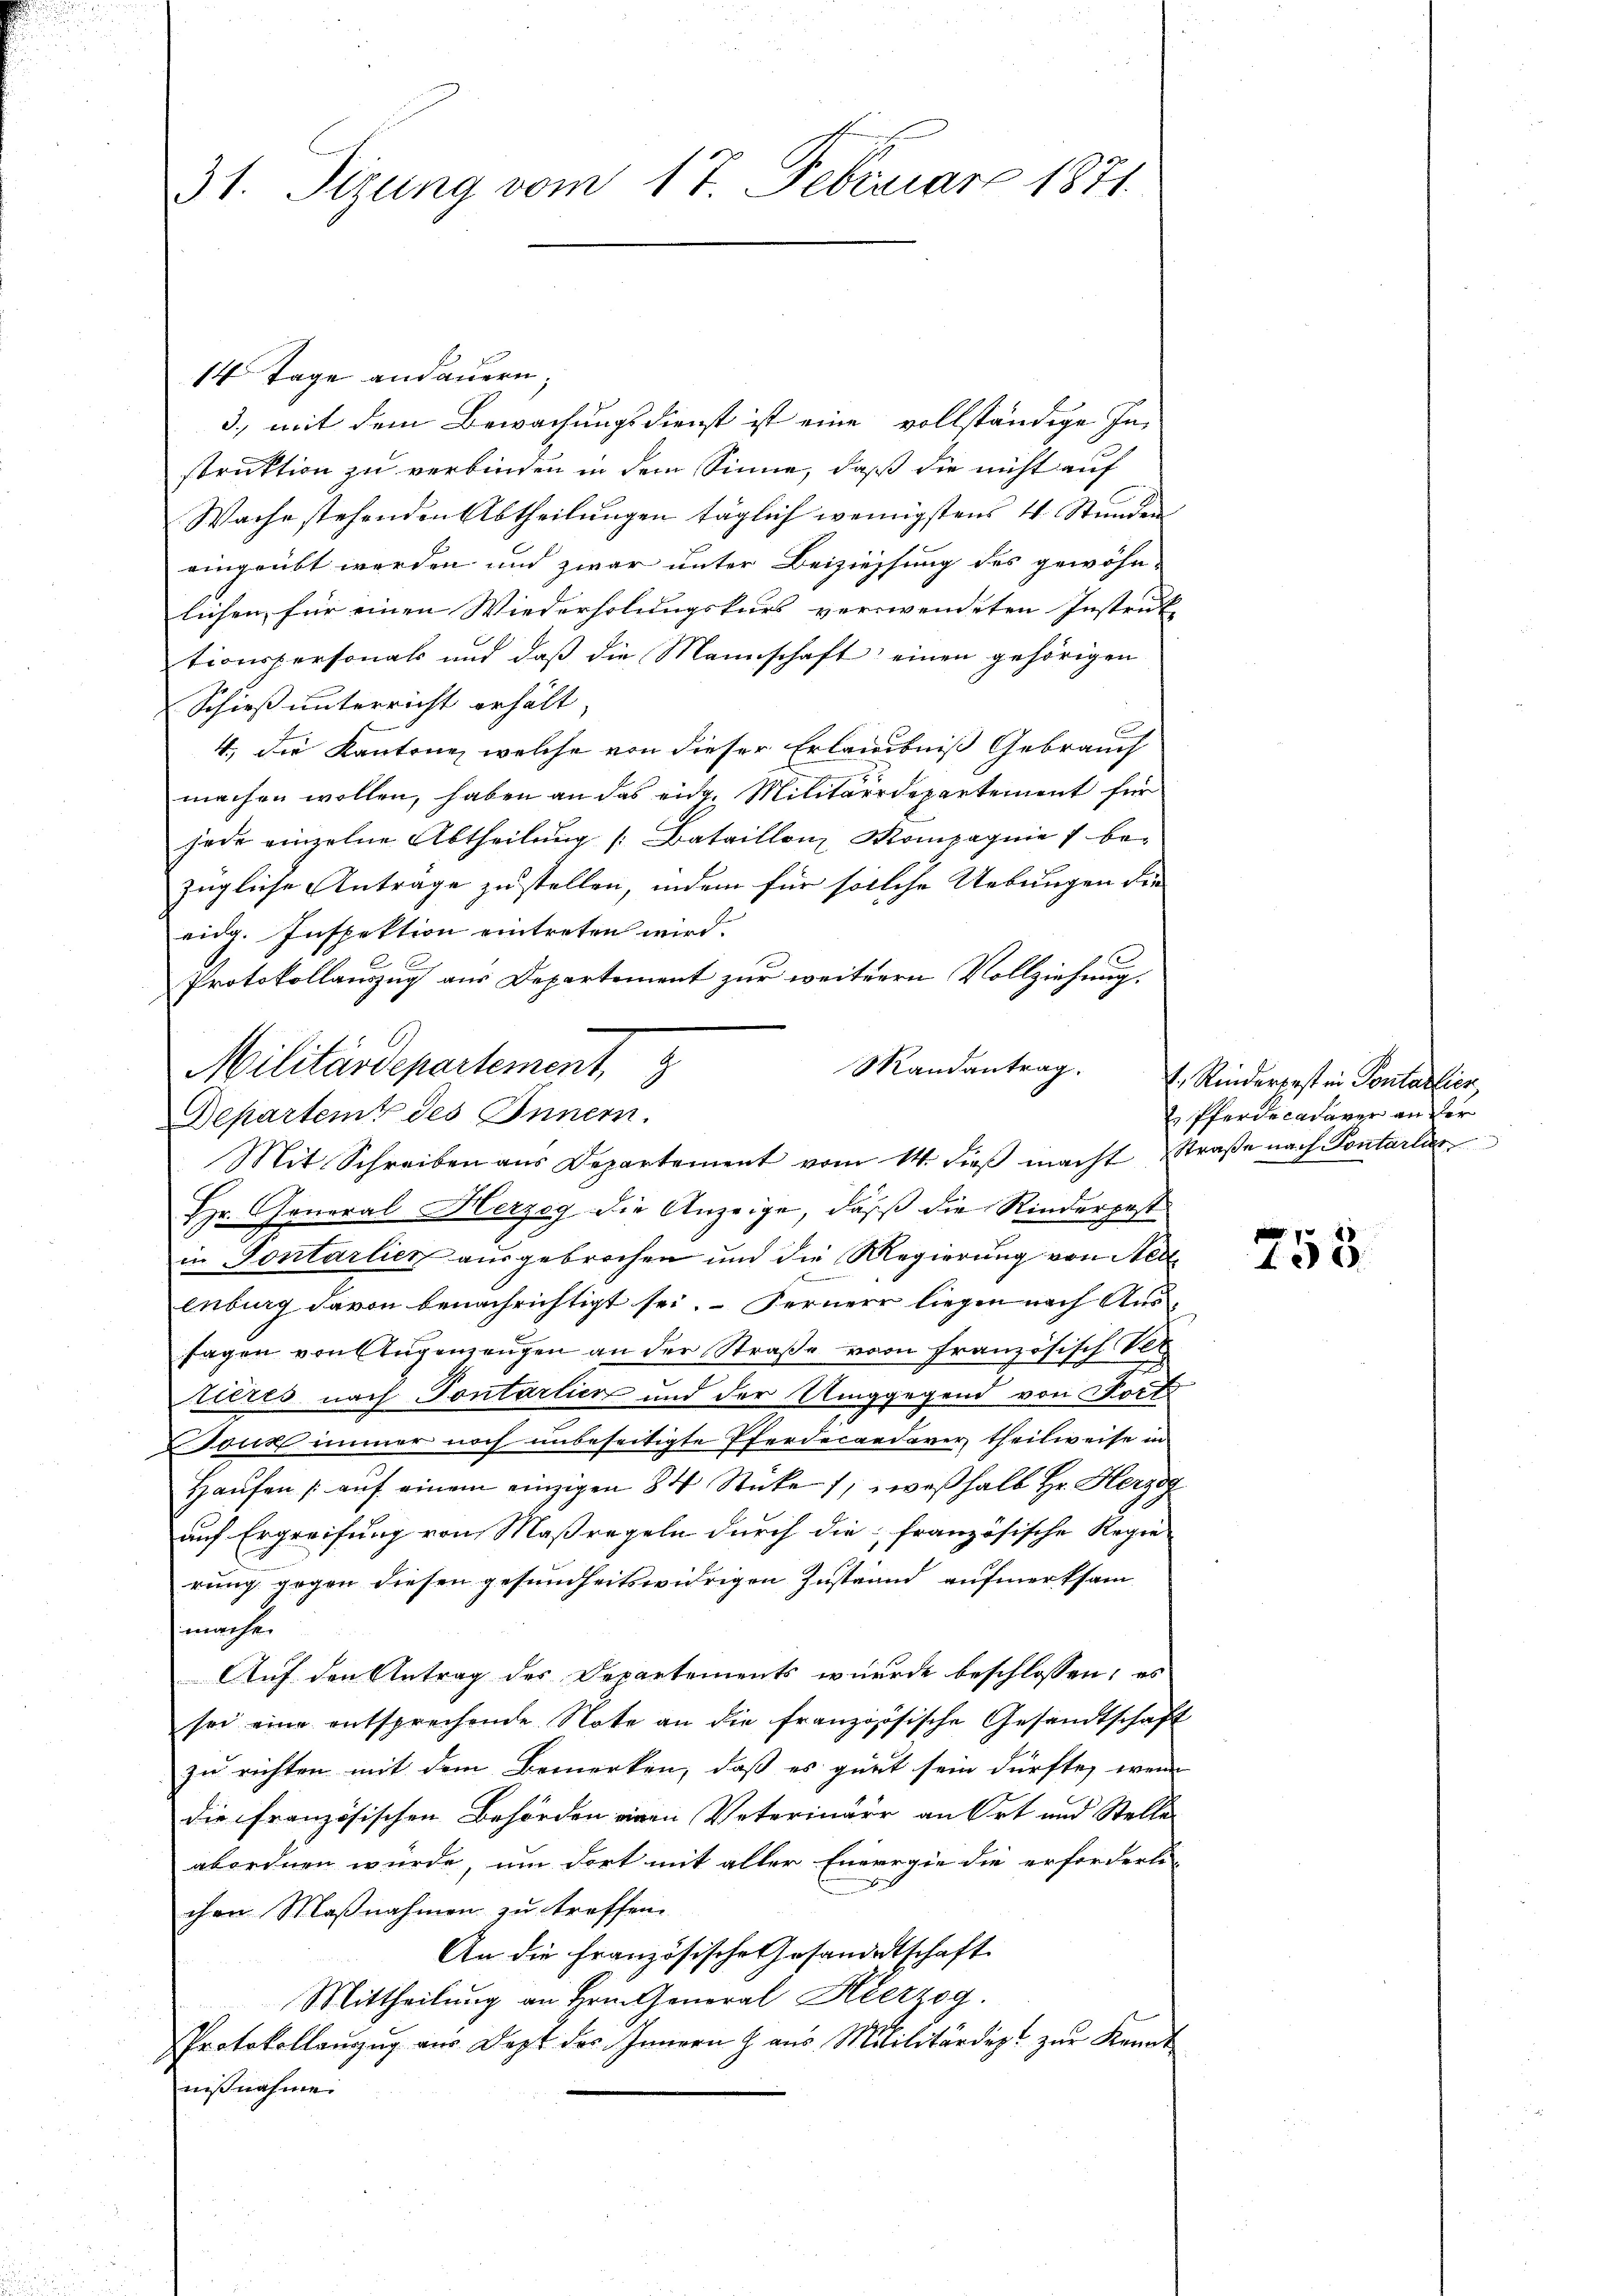
31. Sizung vom 17. Februar 1871

14 Tage andauern;
3., mit dem Bewachungsdienst ist eine vollständige In-
struktion zu verbinden in dem Sinne, daß die nicht auf
Wache stehenden Abtheilungen täglich wenigstens 4 Stunden
eingeübt werden und zwar unter Beiziehung des gewöhn-
lichen für einen Wiederholungskurs verwendeten Instruk- |
tionspersonals und daß die Mannschaft einen gehörigen
Schieß unterricht erhält,
4.) Die Kantone, welche von dieser Erlaubniß Gebrauch
machen wollen, haben an das eidg. Militärdepartement für
jede einzelne Abtheilŭng /: Bataillon Kompagnie bezügliche Antrage zu stellen, indem für solche Uebungen die
eidg. Inspektion eintreten wird.
Protokollauszug aus Departement zur weiteren Vollziehung,
Mit Schreiben aus Departement vom 14. dieβ macht Straße nach Pontarlier
Hr. General Herzeg die Anzeige, daß die Rinderpost
in Fontarlier ausgebrochen und die Regierung von Ned
2
enburg davon benachrichtigt sei. Fernere liegen nach Aussagen von Angenengen an der Straße von Französisch Ver
tières nach Pontarlier und der Umggegend von Fort
ouis immer noch unbeseitigte Pferdecandaver theilweise in
Haŭsen aŭf einem einzigen 84 Stücke, weßhalb Hr. Herzog
auf Ergreifung von Maßregeln durch die französische Regie-
rung gegen diesen gesundheitswidrigen Zustand aufmerksam
mache.
Auf den Antrag des Departements wurde beschlossen, es
sei eine entsprechende Note an die französische Gesandtschaft
zu richten mit dem Bemerken, daß es guet sein dürfte, wenn
die französischen Behörden einen Veterinärer an Ort und Stelle
abordnen würde, um dort mit aller Einregie die erforderli-
chen Maßnahmen zu treffen.
An die Französische Gesandtschaft
Mittheilung an Hrn. General Herzog.
Protokollauzug aus Dept des Innern & aus Mililitärdept zur Kennt
nisnahme.

Militärdepartement,
Departemt des Innern.

Mandantrag. Rinderpest in Pontalien
 Pferdecadaver an der

758